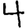
Digit: 4